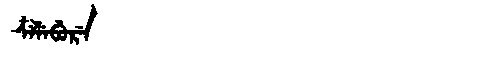
Manchu: ᠴᠶᠯᡝᠪᡠᡵᡝ
Romanization: CYLEBURE